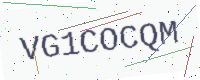
Text: VG1COCQM